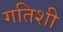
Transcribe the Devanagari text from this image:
गतिशी